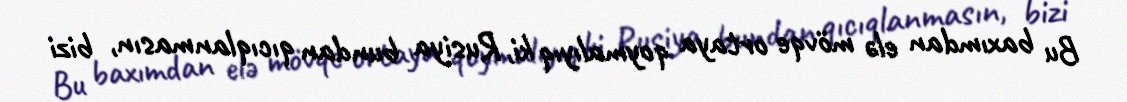
Bu baxımdan elə mövqe ortaya qoymalıyıq ki, Rusiya bundan qıcıqlanmasın, bizi